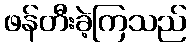
ဖန်တီးခဲ့ကြသည်